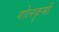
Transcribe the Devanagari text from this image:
गोलकृमी